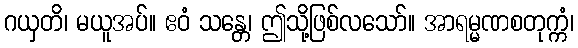
ဂယှတိ၊ မယူအပ်။ ဧဝံ သန္တေ၊ ဤသို့ဖြစ်လသော်။ အာရမ္မဏစတုက္ကံ၊